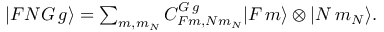
\begin{array} { r } { | F N G \, g \rangle = \sum _ { m , m _ { N } } C _ { F m , N m _ { N } } ^ { G \, g } | F \, m \rangle \otimes | N \, m _ { N } \rangle . } \end{array}